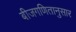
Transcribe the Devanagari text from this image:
बीजगणितानुसार